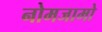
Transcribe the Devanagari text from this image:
नोमजामो